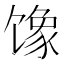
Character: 𱄇